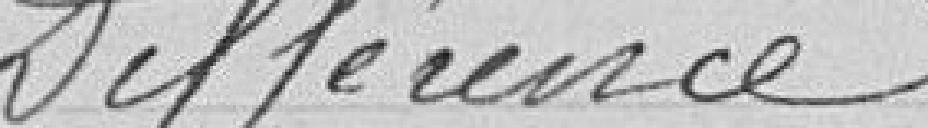
Différence